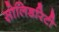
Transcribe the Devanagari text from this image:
सोलिडरिटी